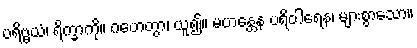
ပရိဗ္ဗယံ၊ ရိက္ခာကို။ ဂဟေတွာ၊ ယူ၍။ မဟန္တေန ပရိဝါရေန၊ များစွာသော။